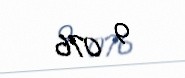
9 076